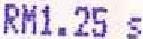
RM1.25 S